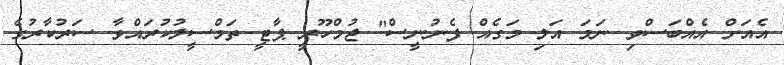
އެއަށް އެއްބަސްވި ނަމަ އަލި މަގެއް ފެނުނީސް" ޖުމްހޫރީ ޕާޓީ ތަމްސީލުކުރައްވާ ސަރުކާރުގެ